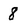
Character: 8